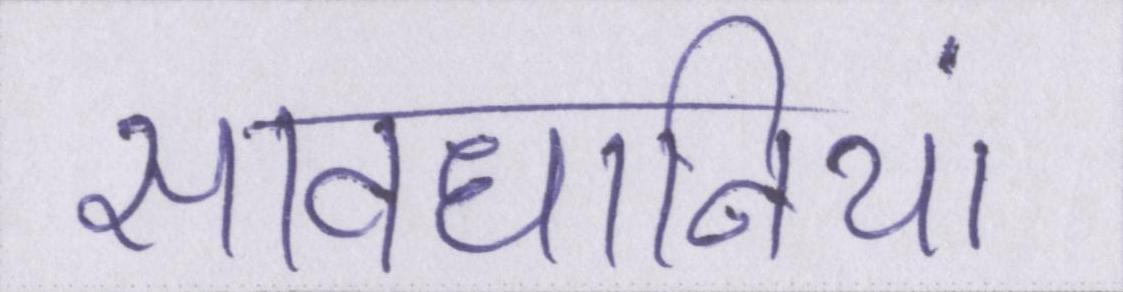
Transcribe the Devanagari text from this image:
सावधानियां